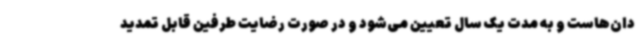
دان‌هاست و به مدت یک سال تعیین می‌شود و در صورت رضایت طرفین قابل تمدید